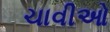
ચાવીઓ